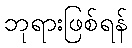
ဘုရားဖြစ်ရန်